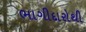
ભાગીદારોથી